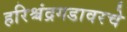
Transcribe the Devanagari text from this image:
हरिश्चंद्रगडावरचे